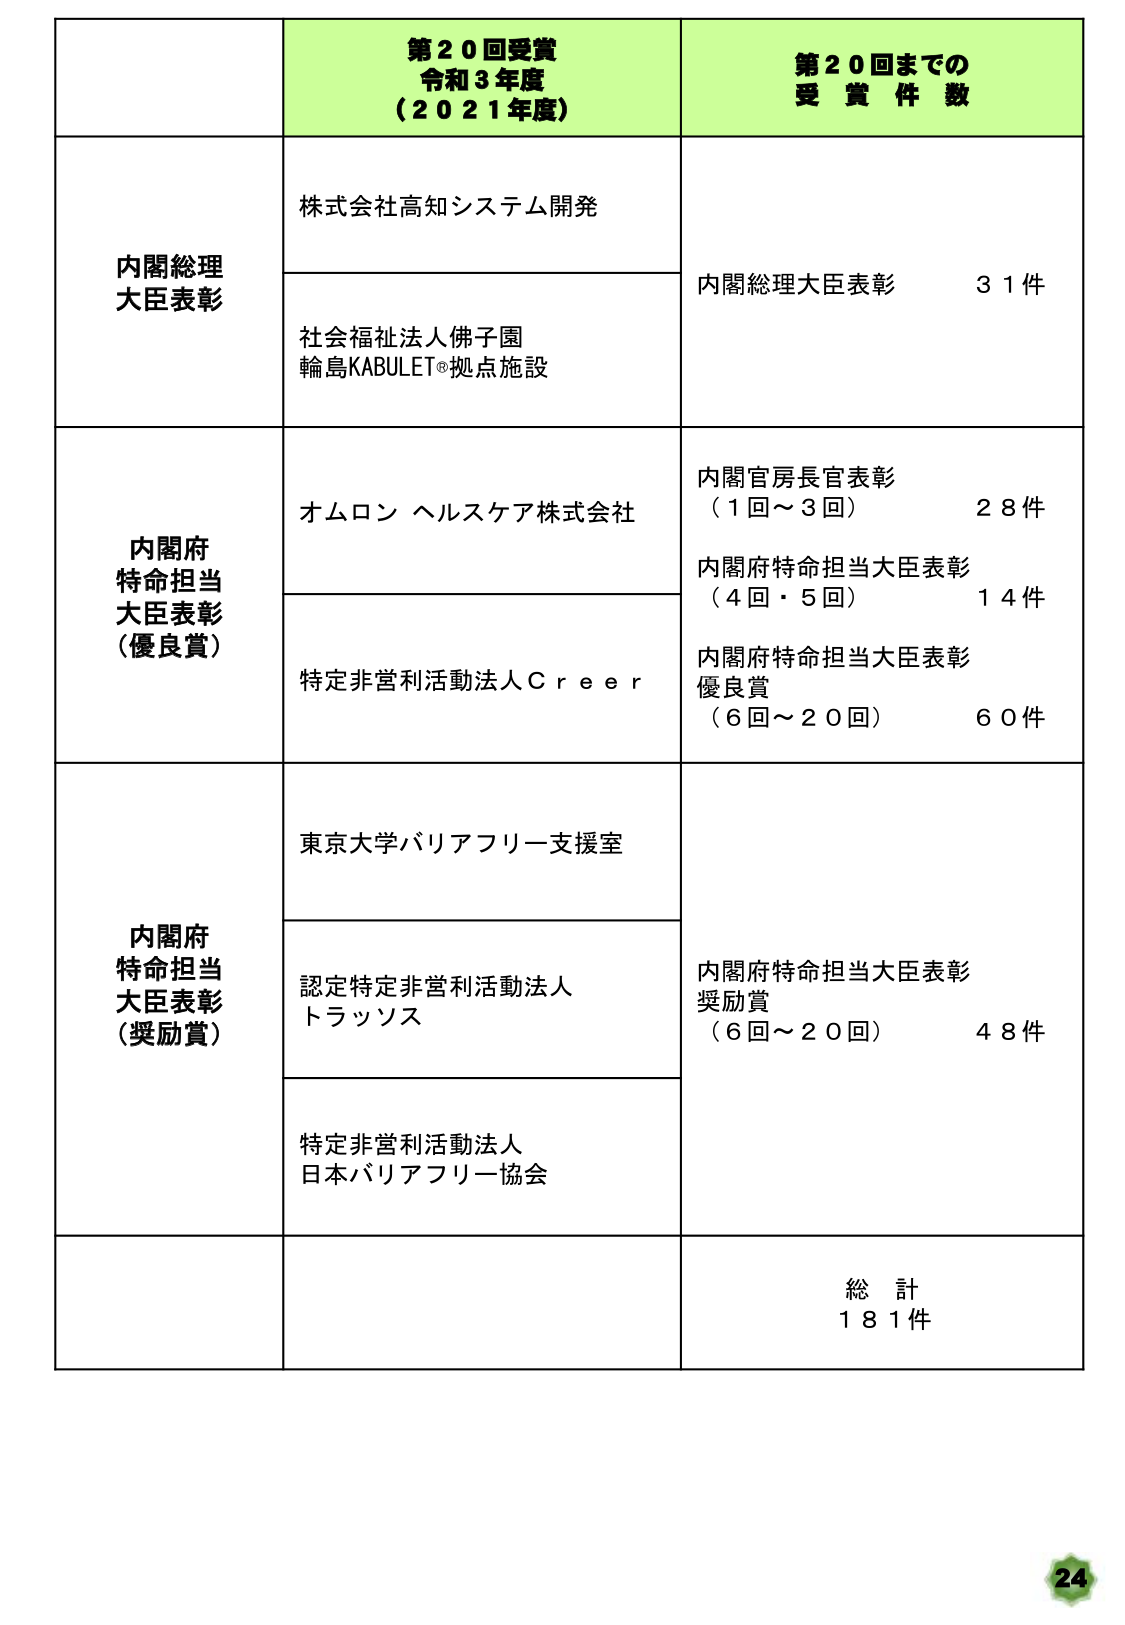
第２０回受賞
令和３年度
（２０２１年度）

第２０回までの
受賞件数

内閣総理大臣表彰
株式会社高知システム開発
社会福祉法人佛子園
輪島KABULET®拠点施設
内閣総理大臣表彰　３１件

内閣府
特命担当
大臣表彰
（優良賞）
オムロン ヘルスケア株式会社
特定非営利活動法人Ｃｒｅｅｒ
内閣官房長官表彰
（１回～３回）　２８件
内閣府特命担当大臣表彰
（４回・５回）　１４件
内閣府特命担当大臣表彰
優良賞
（６回～２０回）　６０件

内閣府
特命担当
大臣表彰
（奨励賞）
東京大学バリアフリー支援室
認定特定非営利活動法人
トラッソス
特定非営利活動法人
日本バリアフリー協会
内閣府特命担当大臣表彰
奨励賞
（６回～２０回）　４８件

総計
１８１件

24